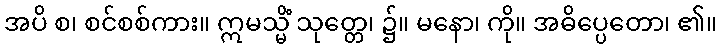
အပိ စ၊ စင်စစ်ကား။ ဣမသ္မိံ သုတ္တေ၊ ၌။ မနော၊ ကို။ အဓိပ္ပေတော၊ ၏။